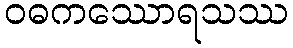
ဝဓကဿောရသဿ